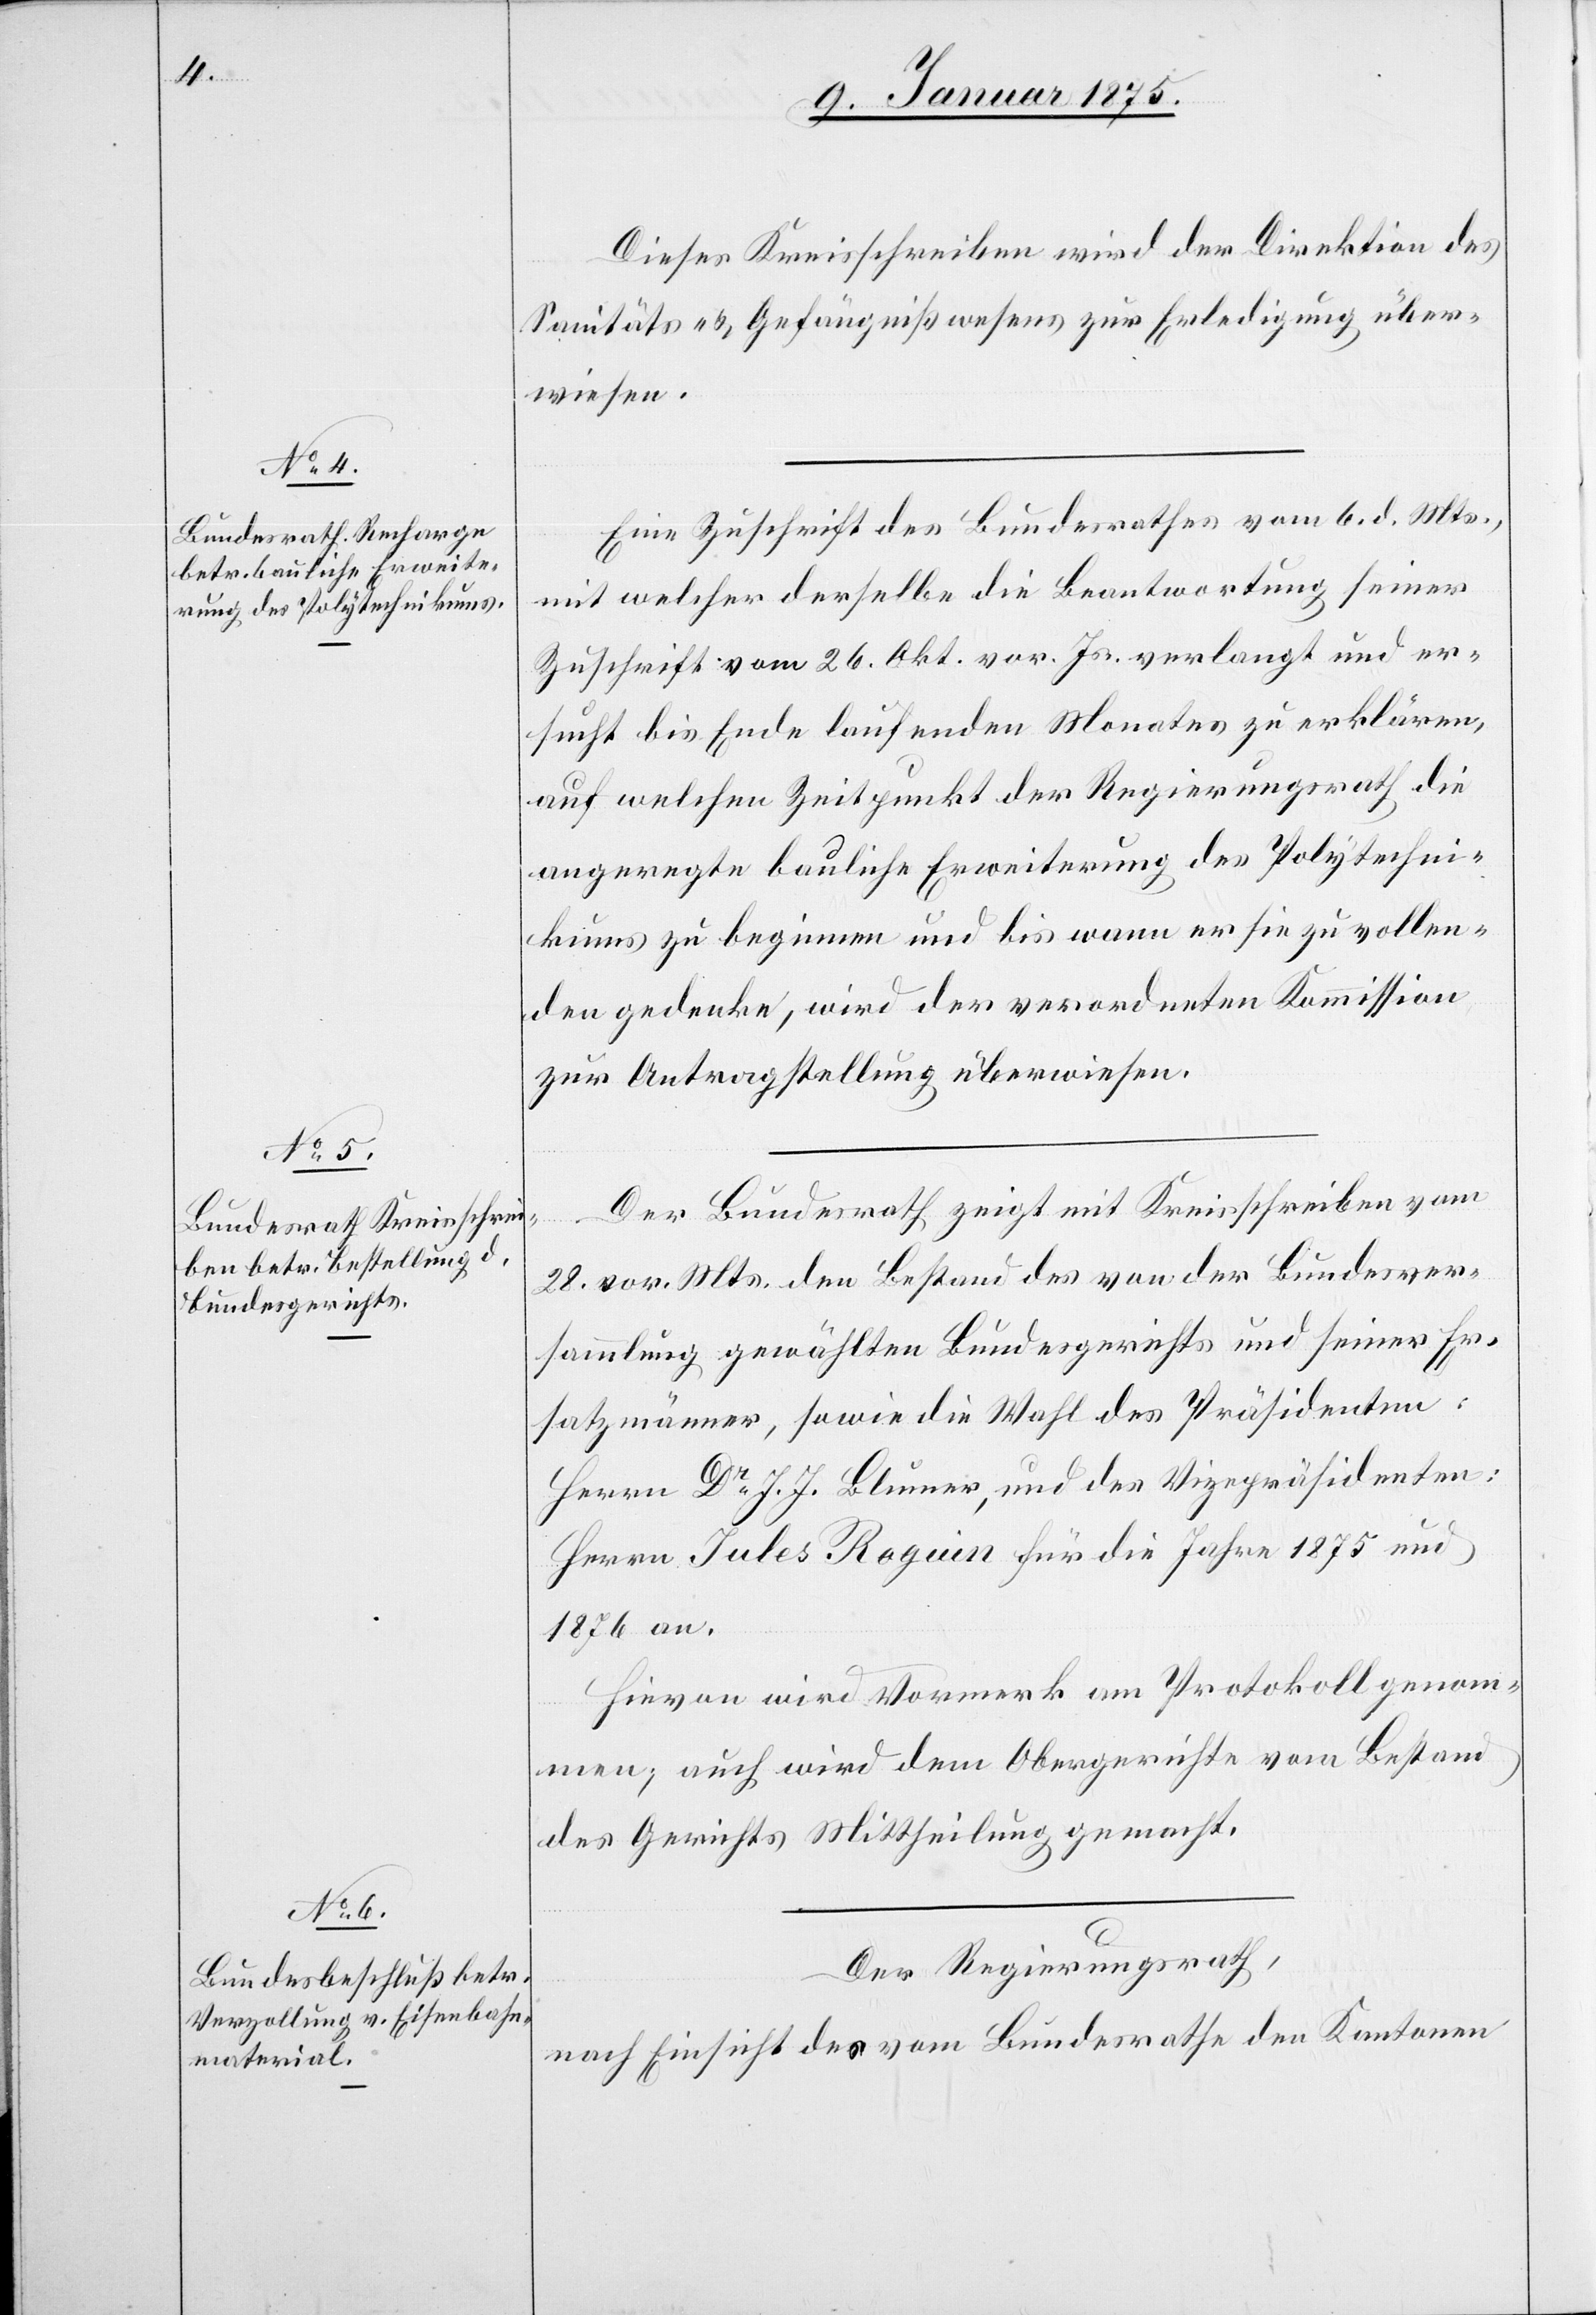
Dieses Kreisschreiben wird der Direktion des
Sanitäts- u. Gefängnißwesens zur Erledigung über¬
wiesen.
Eine Zuschrift des Bundesrathes vom 6. d. Mts.,
mit welcher derselbe die Beantwortung seiner
Zuschrift vom 26. Okt. vor. Js. verlangt und er¬
sucht bis Ende laufenden Monates zu erklären,
auf welchen Zeitpunkt der Regierungsrath die
angeregte bauliche Erweiterung des Polytechni¬
kums zu beginnen und bis wann er sie zu vollen¬
den gedenke, wird der verordneten Kommission
zur Antragstellung überwiesen.
Der Bundesrath zeigt mit Kreisschreiben vom
28. vor. Mts. den Bestande des von der Bundesver¬
sammlung gewählten Bundesgerichts und seiner Er¬
satzmänner, sowie die Wahl des Präsidenten:
Herrn Dr J. J. Blumer, und des Vizepräsidenten:
Herrn Jules Roquin für die Jahre 1875 und
1876 an.
Hievon wird Vormerk am Protokoll genom¬
men; auch wird dem Obergerichte vom Bestand
des Gerichtes Mittheilung gemacht.
Der Regierungsrath,
nach Einsicht des vom Bundesrathe den Kantonen